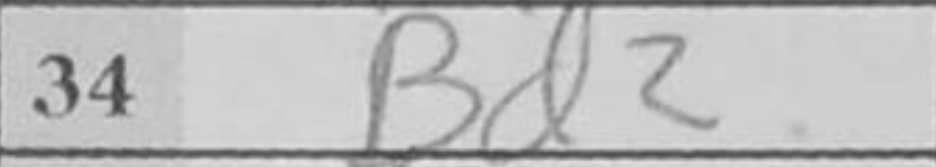
Transcription: Bd2